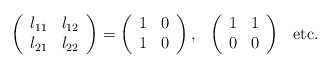
\begin{align*}\left( \begin{array}{cc} l_{11} & l_{12} \\ l_{21} & l_{22} \end{array} \right)= \left( \begin{array}{cc} 1 & 0 \\ 1 & 0 \end{array} \right),\hspace{3mm} \left( \begin{array}{cc} 1 & 1 \\ 0 & 0 \end{array} \right) \hspace{3mm} \mbox{etc.} \end{align*}